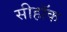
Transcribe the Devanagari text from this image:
सीहॉक